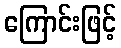
ကြောင်းဖြင့်